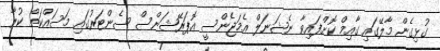
ގުޅިގެން މާލޭގައި ގާއިމް ކޮށްފައިވާ ނެޝަނަލް އެމަޖެންސީ އޮޕަރޭޝަންސް ސެންޓަރުގައި މަސައްކަތް ކުރާ